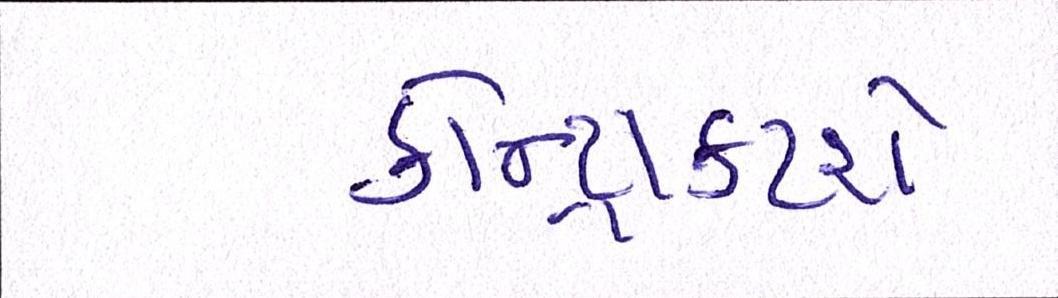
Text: કોન્ટ્રાક્ટરો